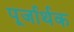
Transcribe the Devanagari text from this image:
पूर्जार्थक